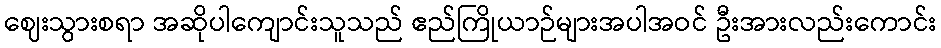
ဈေးသွားစရာ အဆိုပါကျောင်းသူသည် ဧည်ကြိုယာဉ်များအပါအဝင် ဦးအားလည်းကောင်း